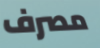
مصرف